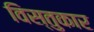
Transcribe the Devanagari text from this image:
विस्तुकार